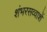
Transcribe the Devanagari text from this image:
शंभरसव्वाशें